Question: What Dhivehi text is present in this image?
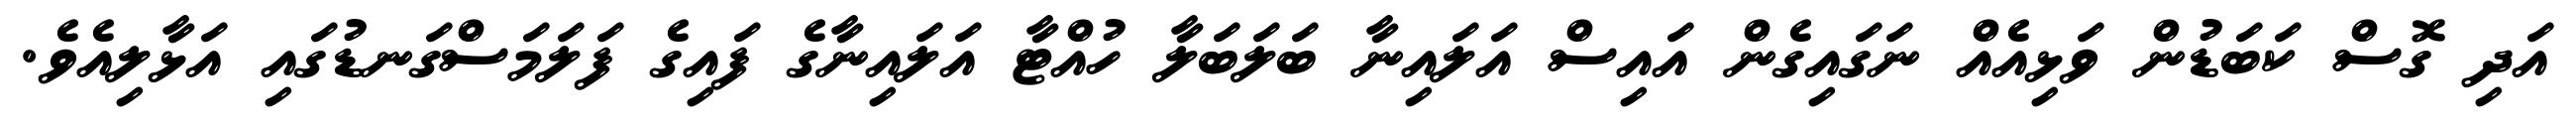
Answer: އަދި ގޮސް ކަބަޑުން ވަޅިއެއް ނަގައިގެން އައިސް އަލައިނާ ބަލަބަލާ ހުއްޓާ އަލައިނާގެ ފައިގެ ފަލަމަސްގަނޑުގައި އަޅާލިއެވެ.